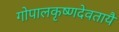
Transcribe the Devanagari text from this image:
गोपालकृष्णदेवतायै